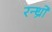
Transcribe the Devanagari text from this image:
रन्ध्रो